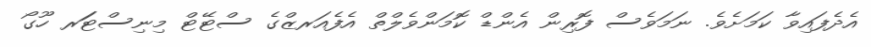
އެދެފައިވާ ކަމަށެވެ. ނަމަވެސް ފޮރިން އެންޑް ކޮމަންވެލްތް އެފެއަރޒްގެ ސްޓޭޓް މިނިސްޓަަރ ހޫގޯ